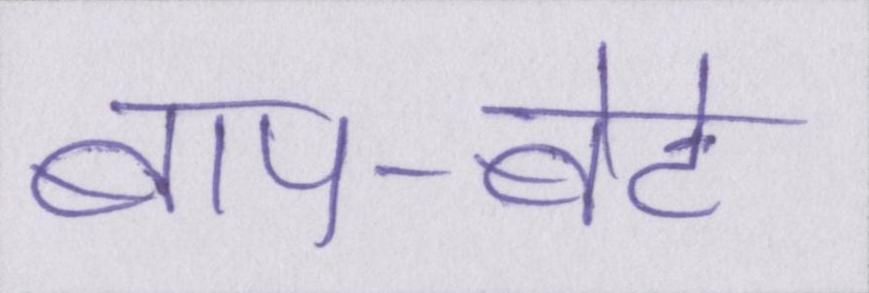
बाप-बेटे